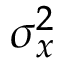
\sigma _ { x } ^ { 2 }